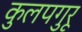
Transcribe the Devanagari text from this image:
कुलपगुरू